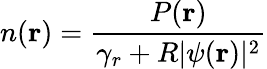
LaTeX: n(\textbf{r})=\frac{P(\textbf{r})}{\gamma_{r}+R|\psi(\textbf{r})|^{2}}